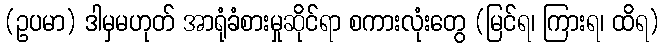
(ဥပမာ) ဒါမှမဟုတ် အာရုံခံစားမှုဆိုင်ရာ စကားလုံးတွေ (မြင်ရ၊ ကြားရ၊ ထိရ)